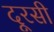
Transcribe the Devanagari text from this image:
दूरसी